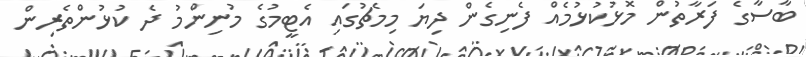
ބާސާގެ ފަރާތުން މޮޅުކުޅުމެއް ފެނިގެން ދިޔަ މިމެޗުގައި އެޓީމުގެ މުނިންމު ދެ ކުޅުންތެރިން